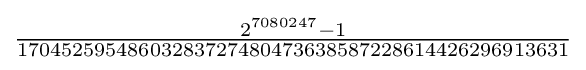
{\tfrac {2^{7080247}-1}{17045259548603283727480473638587228614426296913631}}